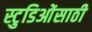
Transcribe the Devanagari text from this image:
स्टुडिओंसाठी